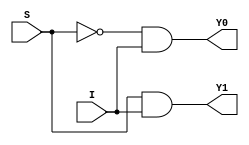
// Code your design here
module demux1_2(output Y0,Y1 ,input I,S);
  wire x,Sn;
  not(Sn,S);
  and(Y0,Sn,I);
  and(Y1,S,I);
endmodule